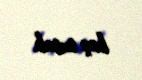
baş tutub.